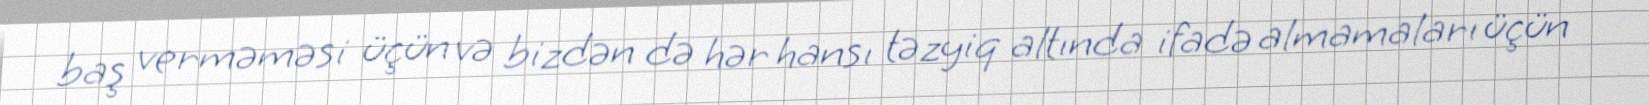
baş verməməsi üçün və bizdən də hər hansı təzyiq altında ifadə almamaları üçün